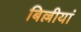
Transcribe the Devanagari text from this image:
बिल्लीयां